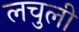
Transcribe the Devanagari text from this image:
लचुली